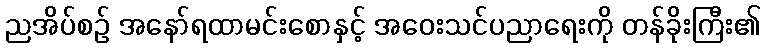
ညအိပ်စဉ် အနော်ရထာမင်းစောနှင့် အဝေးသင်ပညာရေးကို တန်ခိုးကြီး၏